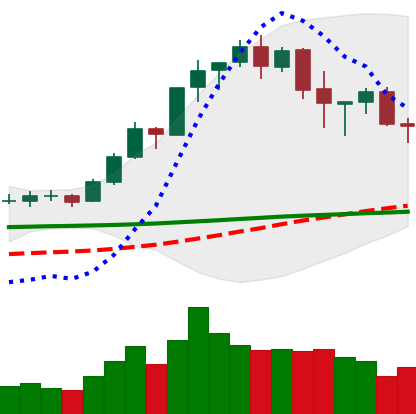
Ticker: BNB-USD
Chart end date: 2020-02-20
Forward return: -8.487%
Label: down_7plus